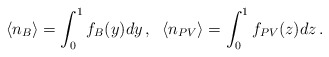
\begin{align*}\langle n_B\rangle=\int_0^1f_B(y)dy\,,\;\;\langle n_{PV}\rangle=\int_0^1f_{PV}(z)dz\,.\end{align*}